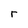
Character: r